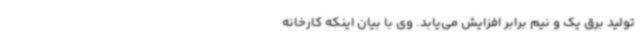
تولید برق یک و نیم برابر افزایش می‌یابد. وی با بیان اینکه کارخانه